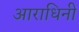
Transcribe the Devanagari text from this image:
आराधिनी